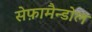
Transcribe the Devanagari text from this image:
सेफ़ामैन्डोल